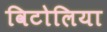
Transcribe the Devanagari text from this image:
विटोलिया